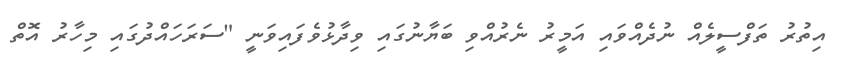
އިތުރު ތަފްސީލެއް ނުދެއްވައި އަމީރު ނެރުއްވި ބަޔާނުގައި ވިދާޅުވެފައިވަނީ "ސަރަހައްދުގައި މިހާރު އޮތް